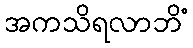
အကသိရလာဘိံ